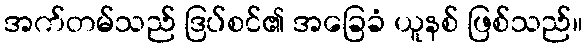
အက်တမ်သည် ဒြပ်စင်၏ အခြေခံ ယူနစ် ဖြစ်သည်။